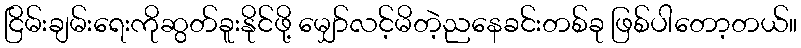
ငြိမ်းချမ်းရေးကိုဆွတ်ခူးနိုင်ဖို့ မျှော်လင့်မိတဲ့ညနေခင်းတစ်ခု ဖြစ်ပါတော့တယ်။